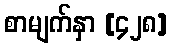
စာမျက်နှာ [၄၂၈]